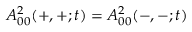
A _ { 0 0 } ^ { 2 } ( + , + ; t ) = A _ { 0 0 } ^ { 2 } ( - , - ; t )